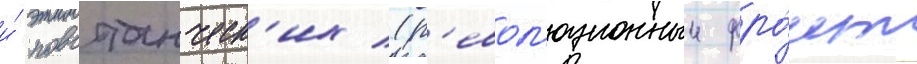
и́ повстанческ'их (р'евол'юционныи фро́нт